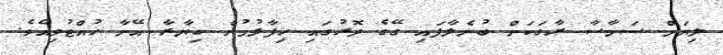
ލިޔަމް ސަމާސާ ރާގަކަށް ބުނެލާފައި ގޭގެ ދޮރުގައި ހިފާލުމުން ކިޔާރާ އޭނާ ހުއްޓުވިއެވެ.